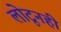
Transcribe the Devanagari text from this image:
लोटूनही